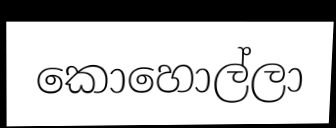
කොහොල්ලා